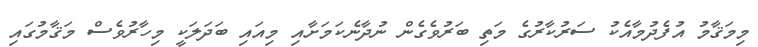
މިމަޤާމު އުފެދުމާއެކު ސަރުކާރުގެ މަތި ބަރުވެގެން ނުދާނެކަމަށާއި މިއައި ބަދަލަކީ މިހާރުވެސް މަޤާމުގައި